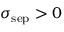
\sigma _ { \mathrm { s e p } } > 0